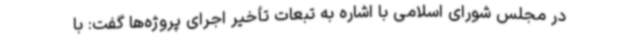
در مجلس شورای اسلامی با اشاره به تبعات تأخیر اجرای پروژه‌ها گفت: با